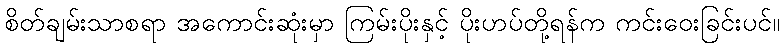
စိတ်ချမ်းသာစရာ အကောင်းဆုံးမှာ ကြမ်းပိုးနှင့် ပိုးဟပ်တို့ရန်က ကင်းဝေးခြင်းပင်။